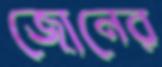
জোনের